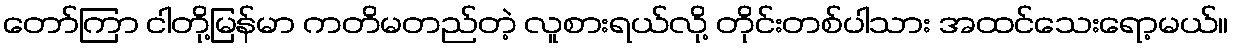
တော်ကြာ ငါတို့မြန်မာ ကတိမတည်တဲ့ လူစားရယ်လို့ တိုင်းတစ်ပါသား အထင်သေးရော့မယ်။